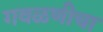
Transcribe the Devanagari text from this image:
गवळणीचा